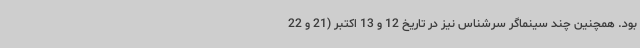
بود. همچنین چند سینماگر سرشناس نیز در تاریخ 12 و 13 اکتبر (21 و 22